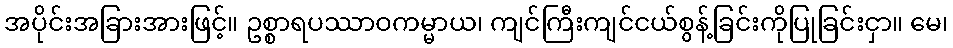
အပိုင်းအခြားအားဖြင့်။ ဥစ္စာရပဿာဝကမ္မာယ၊ ကျင်ကြီးကျင်ငယ်စွန့်ခြင်းကိုပြုခြင်းငှာ။ မေ၊